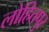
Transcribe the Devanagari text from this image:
लोहितपुर